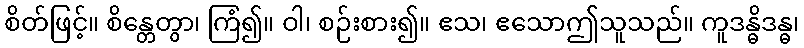
စိတ်ဖြင့်။ စိန္တေတွာ၊ ကြံ၍။ ဝါ၊ စဉ်းစား၍။ ဧသ၊ ဧသောဤသူသည်။ ကူဒန္ဓိဒန္ဓ၊